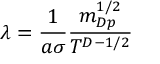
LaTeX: \lambda = \frac { 1 } { a \sigma } \frac { m _ { D p } ^ { 1 / 2 } } { T ^ { D - 1 / 2 } }